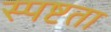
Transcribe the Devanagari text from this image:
स्‍पष्टता